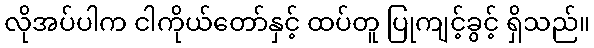
လိုအပ်ပါက ငါကိုယ်တော်နှင့် ထပ်တူ ပြုကျင့်ခွင့် ရှိသည်။